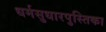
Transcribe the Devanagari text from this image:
धर्मसुधारपुस्तिका